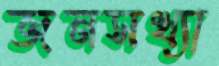
জনসখ্যা